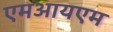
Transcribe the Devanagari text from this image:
एमआयएम